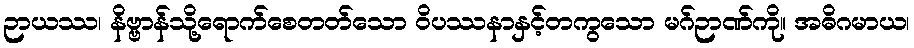
ဉာယဿ၊ နိဗ္ဗာန်သို့ရောက်စေတတ်သော ဝိပဿနာနှင့်တကွသော မဂ်ဉာဏ်ကို။ အဓိဂမာယ၊